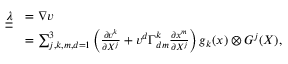
\begin{array} { r l } { \boldsymbol { \underline { { \underline { { \lambda } } } } } } & { = \nabla \boldsymbol { v } } \\ & { = \sum _ { j , k , m , d = 1 } ^ { 3 } \left( \frac { \partial v ^ { k } } { \partial X ^ { j } } + v ^ { d } \Gamma _ { d m } ^ { k } \frac { \partial x ^ { m } } { \partial X ^ { j } } \right) \boldsymbol { g } _ { k } ( \boldsymbol { x } ) \otimes \boldsymbol { G } ^ { j } ( \boldsymbol { X } ) , } \end{array}